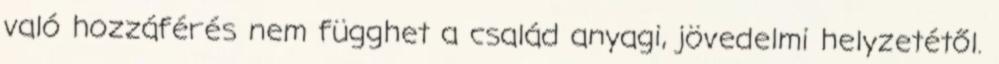
való hozzáférés nem függhet a család anyagi, jövedelmi helyzetétől.